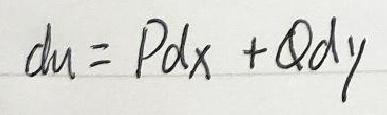
\[
du = Pdx + Qdy
\]